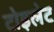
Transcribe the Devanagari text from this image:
टोइलेट